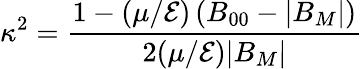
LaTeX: \kappa^{2}=\frac{1-(\mu/{\cal E})\left(B_{00}-|B_{M}|\right)}{2(\mu/{\cal E})|B_{M}|}